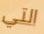
التي